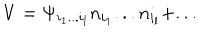
V = \Psi _ { i _ { 1 } . . . i _ { l } } n _ { i _ { 1 } } . . . n _ { i _ { l } } + . . .